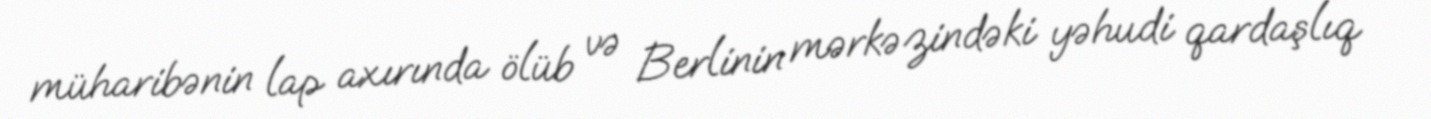
müharibənin lap axırında ölüb və Berlinin mərkəzindəki yəhudi qardaşlıq